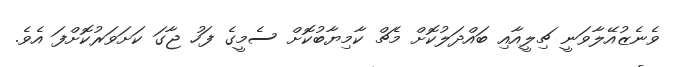
ވެނެޒުއޭލާވަނީ ޗިލީއާއި ބައްދަލުކޮށް މެޗް ކާމިޔާބުކޮށް ސެމީގެ ފަހު ޖާގަ ކަށަވަރުކޮށްފަ އެވެ.